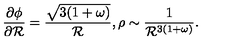
\frac { \partial \phi } { \partial { \cal R } } = \frac { \sqrt { 3 ( 1 + \omega ) } } { { \cal R } } , \rho \sim \frac { 1 } { { \cal R } ^ { 3 ( 1 + \omega ) } } .